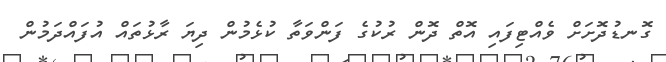
ގޮނޑުދޮށަށް ވެއްޓިފައި އޮތް ދޮން ރުކުގެ ފަންވަތާ ކުޅެމުން ދިޔަ ރާޅުތައް އުފައްދަމުން